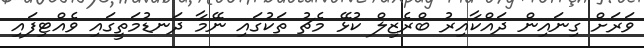
ވަރަށް ގިނައިން ދައްކާއިރު ބްރެޒިލް ކުޅޭ މެޗު ތަކުގައި ނޭމާ ދަނޑުމަތީގައި ވެއްޓިފައި